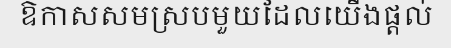
ឱកាសសមស្របមួយដែលយើងផ្តល់